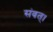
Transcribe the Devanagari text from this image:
संवत्‌।